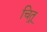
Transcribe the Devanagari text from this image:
चित्र्